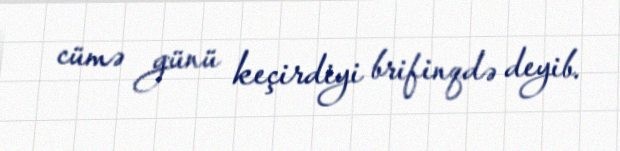
cümə günü keçirdiyi brifinqdə deyib.